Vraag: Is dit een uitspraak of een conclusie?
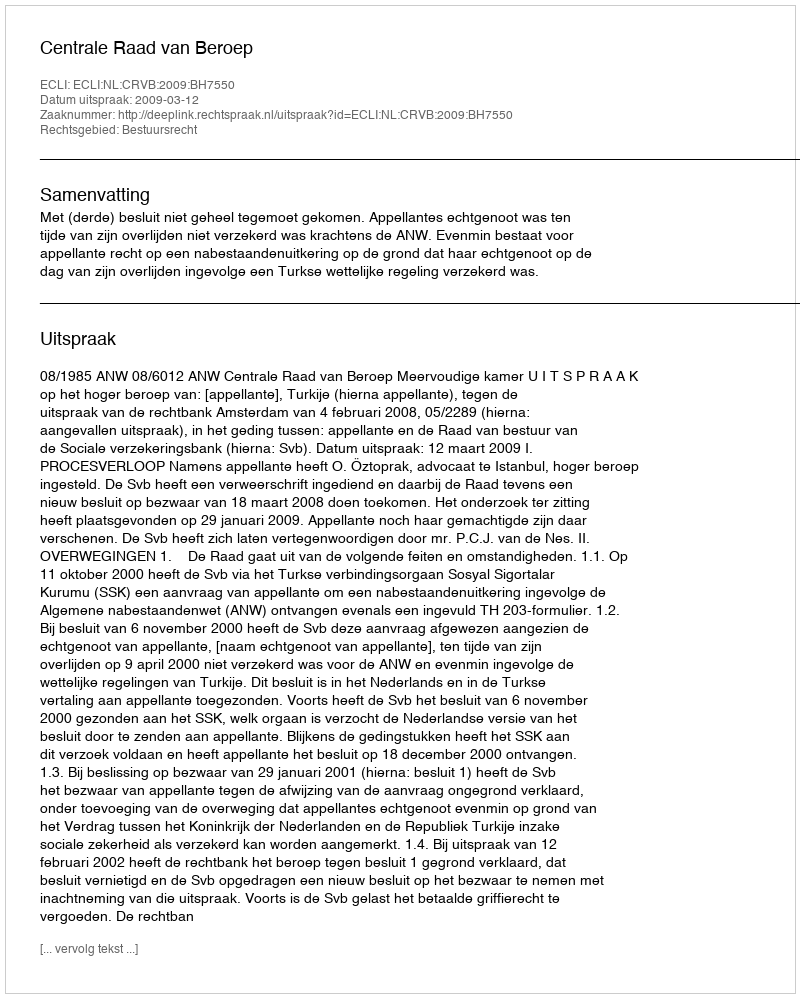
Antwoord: Uitspraak